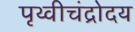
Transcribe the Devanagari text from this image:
पृथ्वीचंद्रोदय